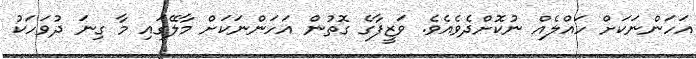
އަހަންނަކަށް ހައްލެއް ނުކޮށްދެވެއެވެ. ވަޒީފާގެ ގޮތުން އަހަންނަކަށް މާލޭގައި މާ ގިނަ ދުވަހަކު